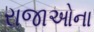
રાજાઓના